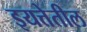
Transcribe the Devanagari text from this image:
इयत्तेतील